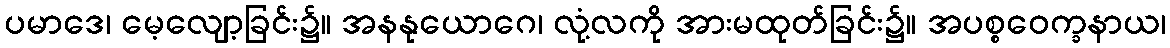
ပမာဒေ၊ မေ့လျော့ခြင်း၌။ အနနုယောဂေ၊ လုံ့လကို အားမထုတ်ခြင်း၌။ အပစ္စဝေက္ခနာယ၊